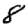
Digit: 8